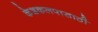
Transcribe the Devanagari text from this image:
केशकलपासाठी